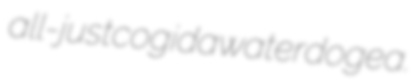
all-just cogida waterdog ea.